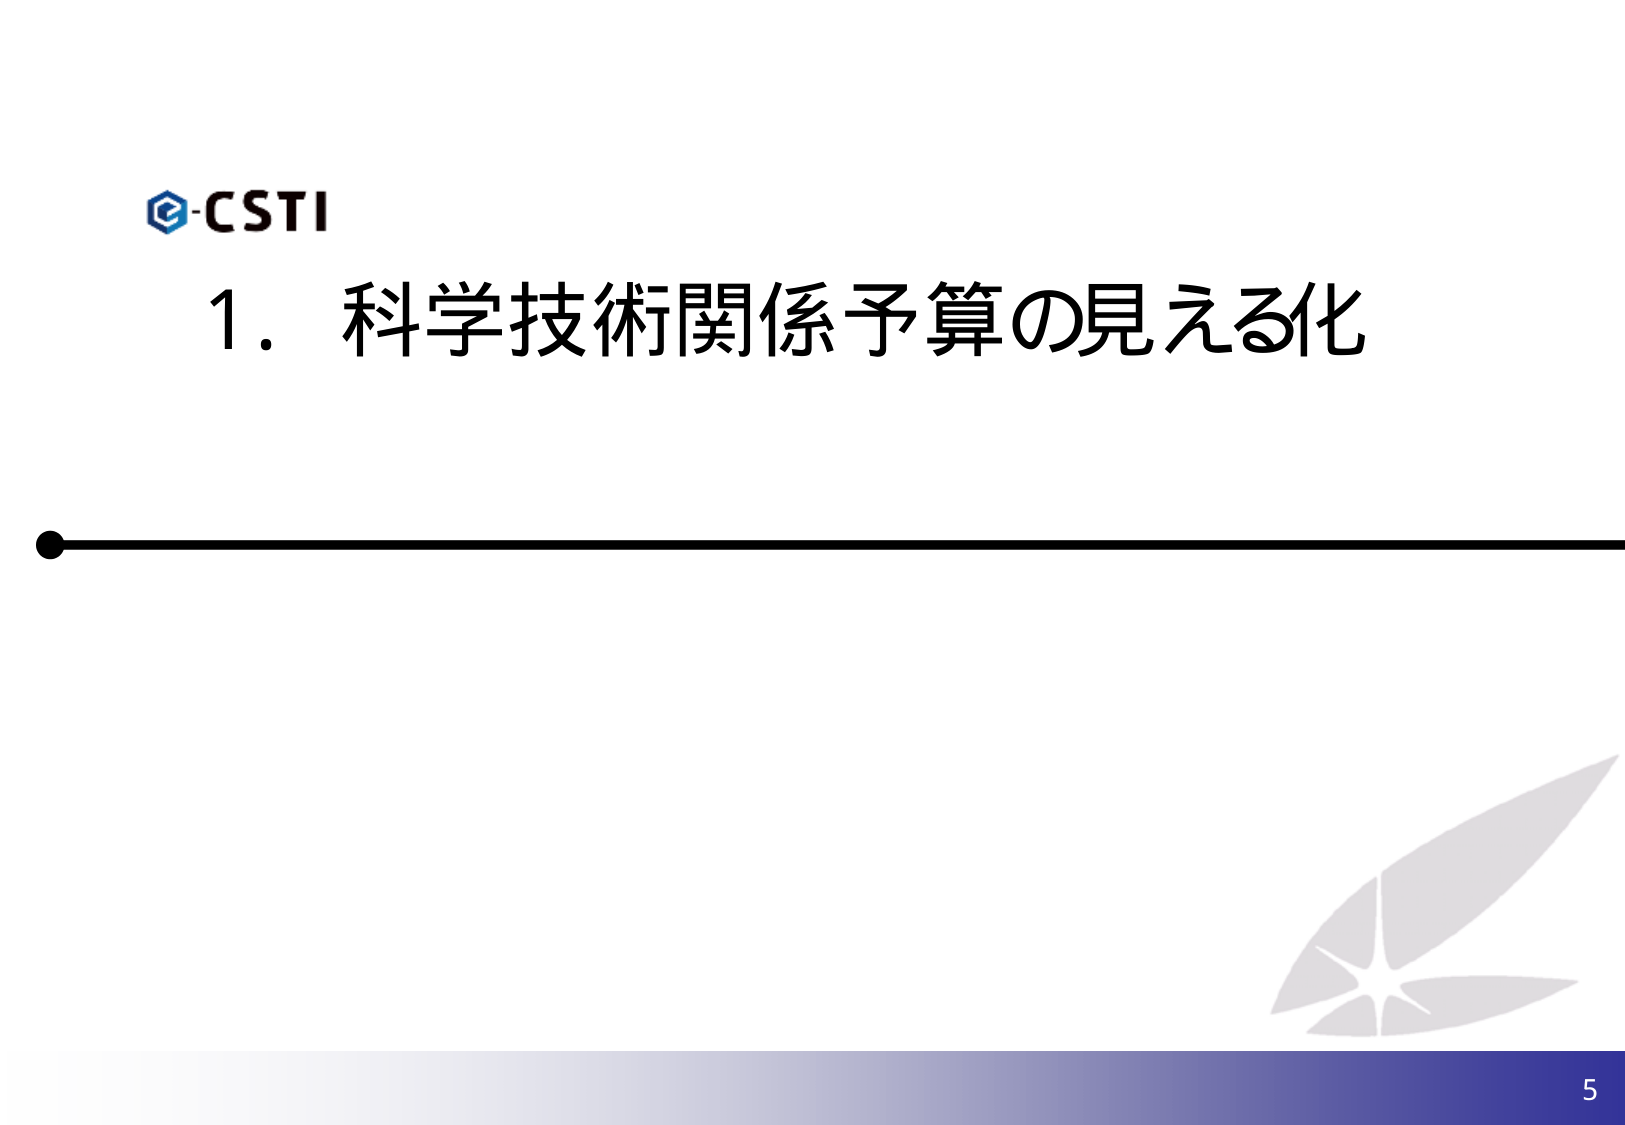
e-CSTI
1. 科学技術関係予算の見える化
5